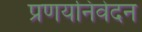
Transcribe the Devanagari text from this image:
प्रणयनिवेदन